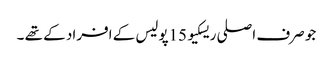
جو صرف اصلی ریسکیو 15پولیس کے افراد کے تھے ۔